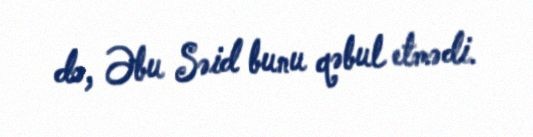
də, Əbu Səid bunu qəbul etmədi.